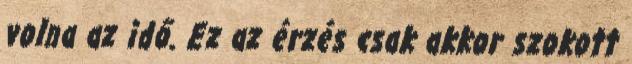
volna az idő. Ez az érzés csak akkor szokott